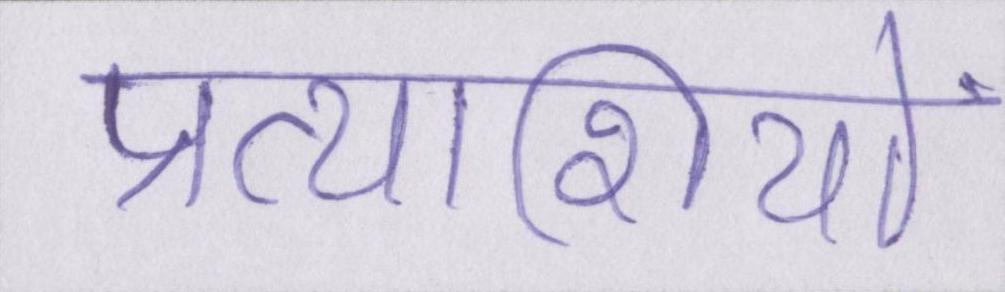
प्रत्याशियों